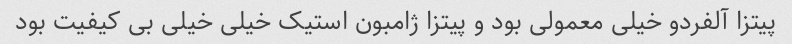
پیتزا آلفردو خیلی معمولی بود و پیتزا ژامبون استیک خیلی خیلی بی کیفیت بود